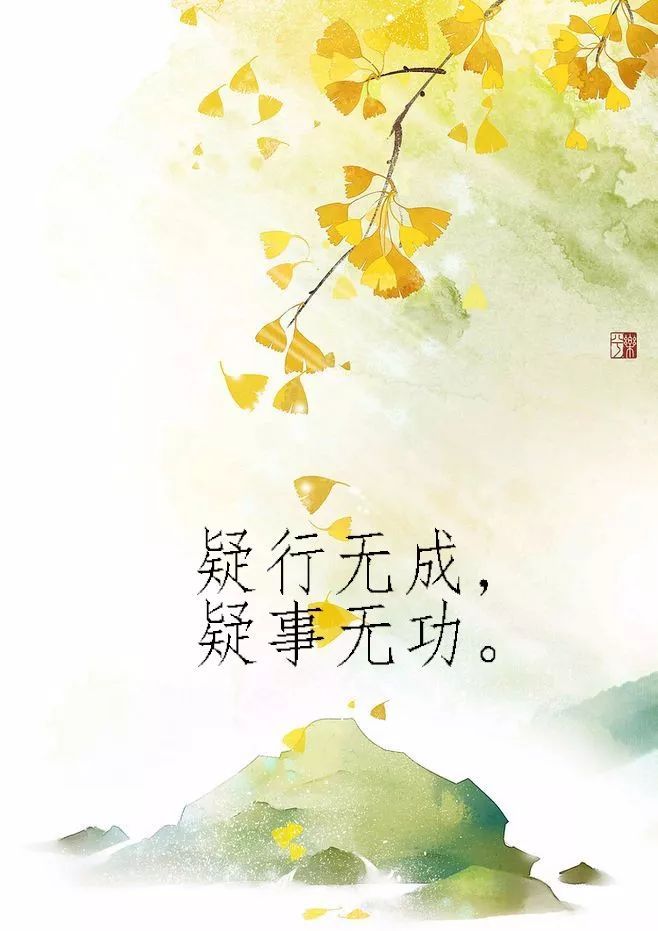
疑行无名，疑事无功。